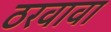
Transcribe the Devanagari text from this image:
ठरवावा